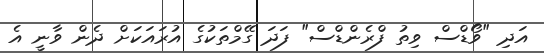
އަދި "ވޯޑްސް ވިތު ފްރެންޑްސް" ފަދަ ގޭމްތަކުގެ އުރައަކަށް ދެން ވާނީ އެ